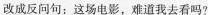
改成反问句；这场电影，难道我去看吗?